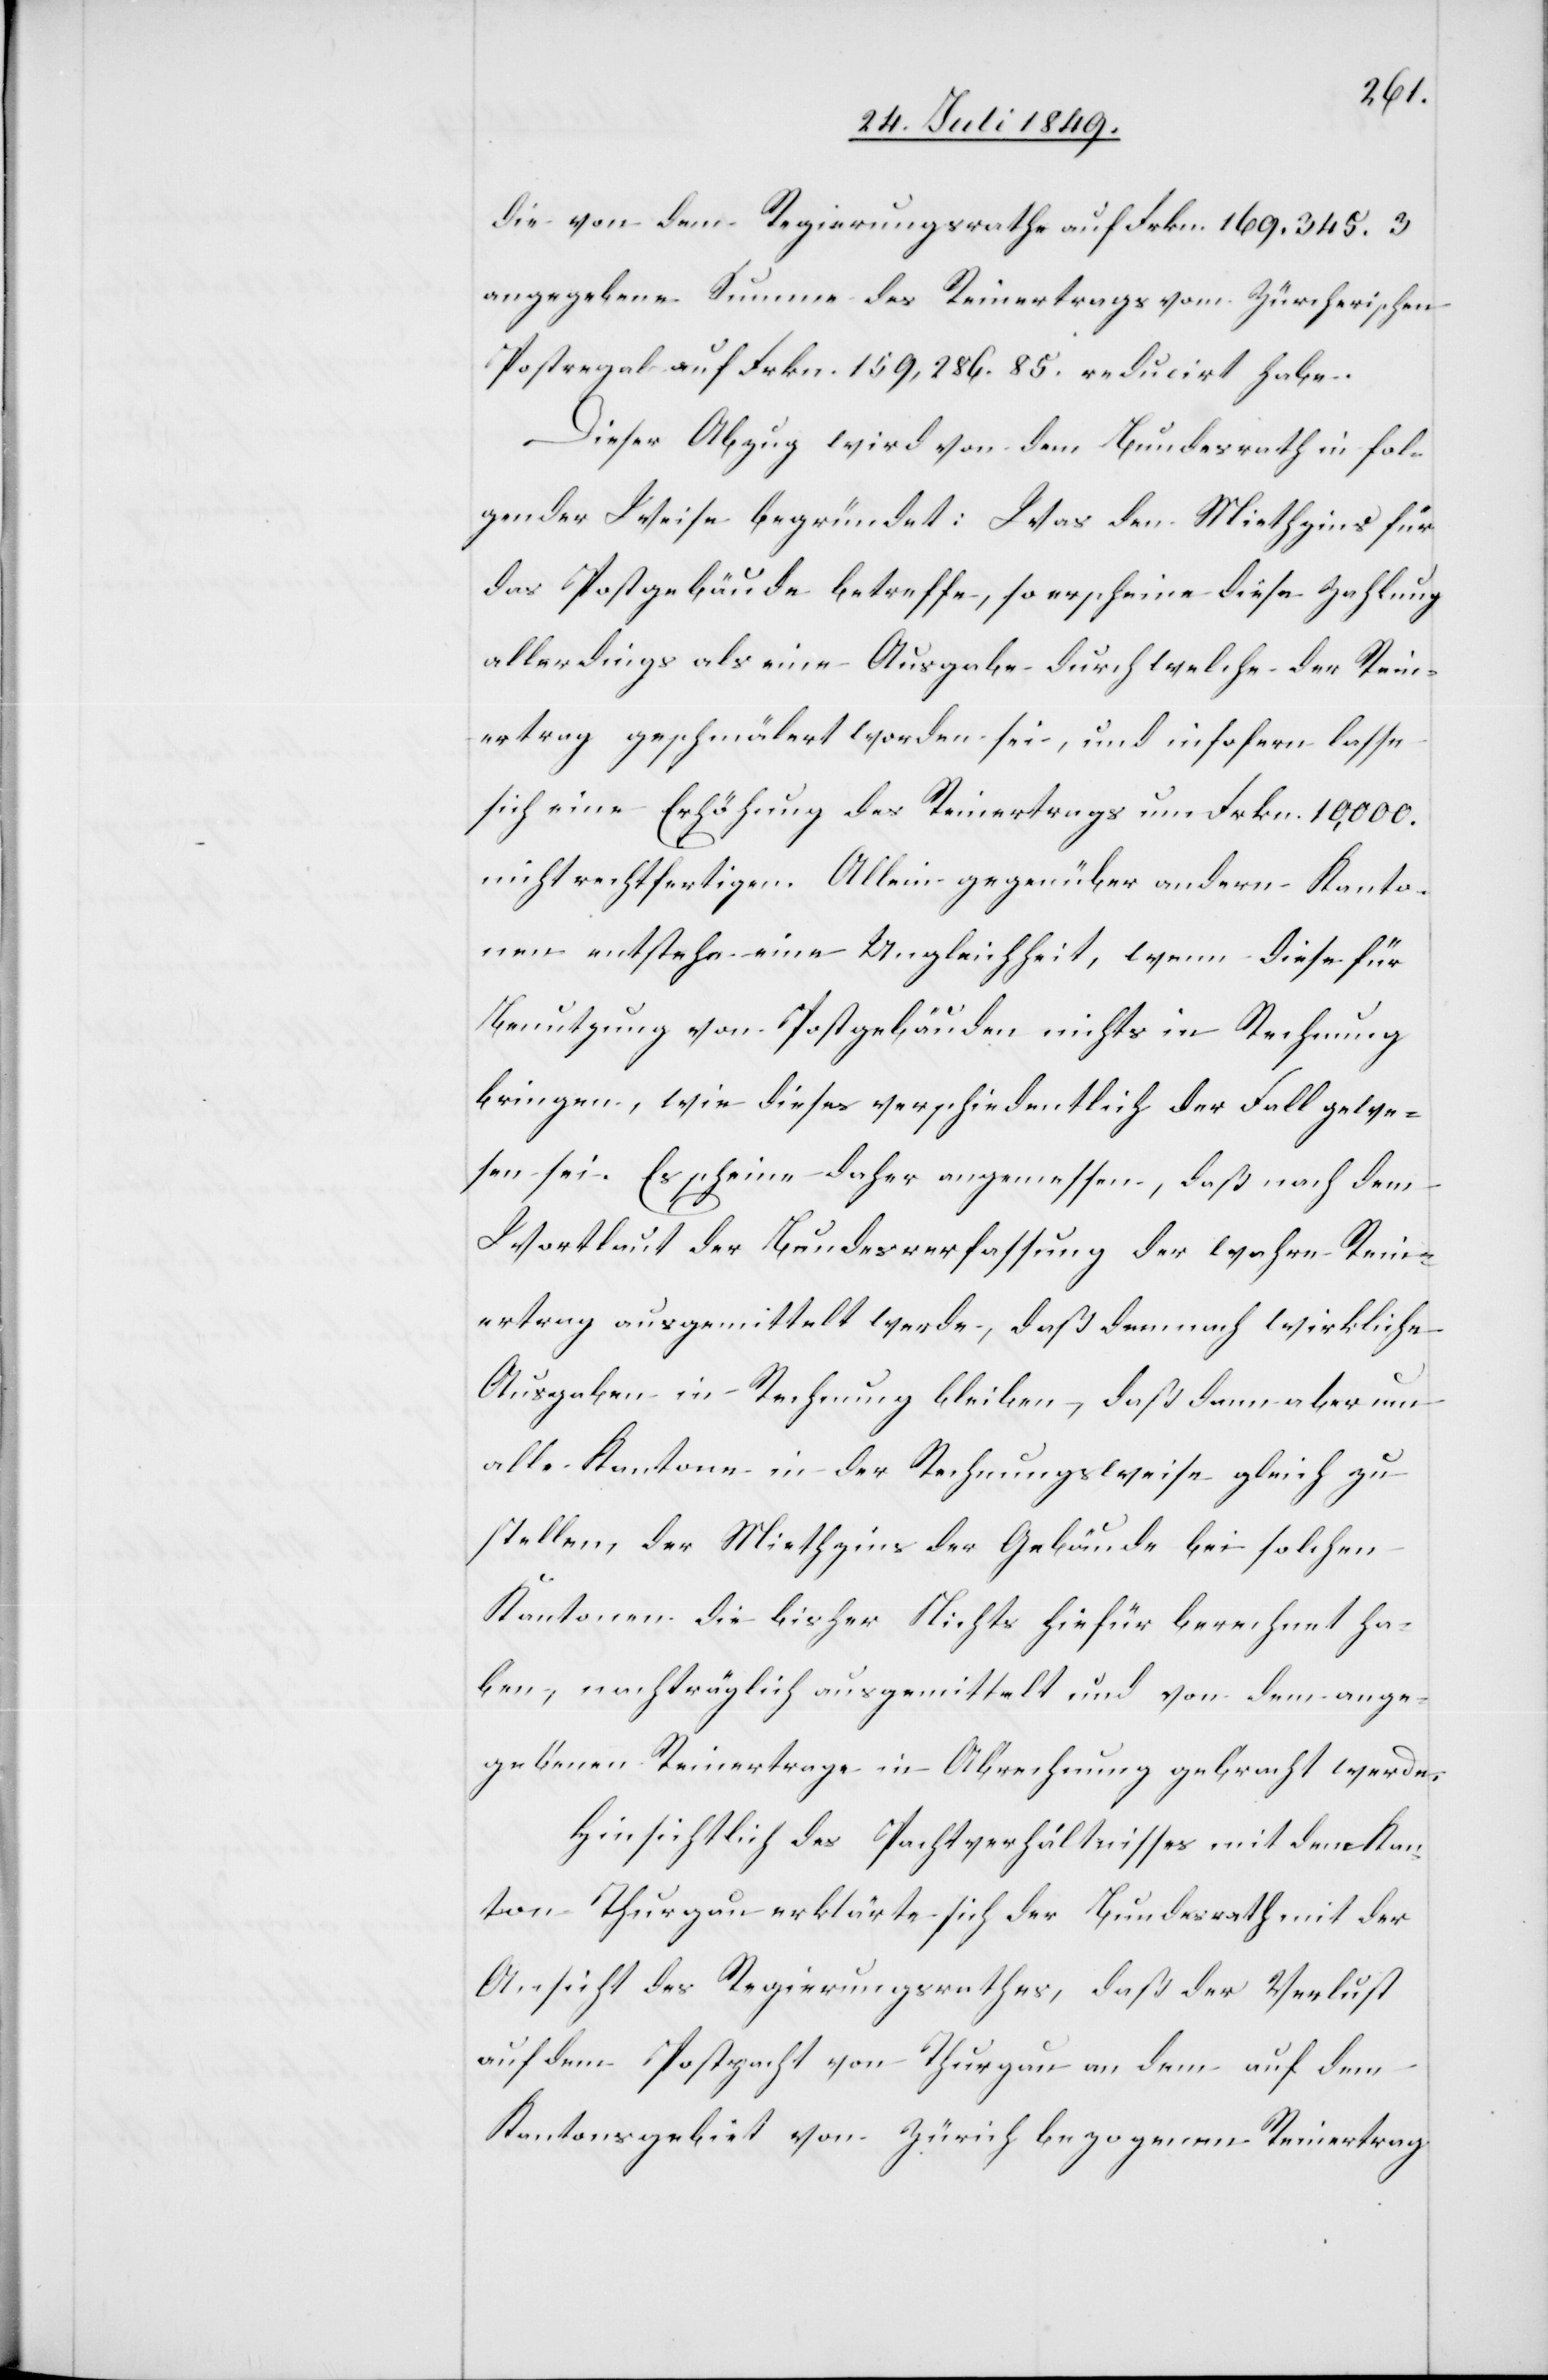
die von dem Regierungsrathe auf Frkn. 169.345. 3
angegebene Summe des Reinertrages vom Zürcherischen
Postregal auf Frkn. 159,286. 85. reducirt habe.
Dieser Abzug wird von dem Bundesrath in fol¬
gender Weise begründet: Was den Miethzins für
das Postgebäude betreffe, so erscheine diese Zahlung
allerdings als eine Ausgabe durch welche der Rein¬
ertrag geschmälert worden sei, und insofern lasse
sich eine Erhöhung des Reinertrages um Frkn. 10,000.
nicht rechtfertigen. Allein gegenüber andern Kanto¬
nen entstehe eine Ungleichheit, wenn diese für
Benutzung von Postgebäuden nichts in Rechnung
bringen, wie dieses verschiedentlich der Fall gewe¬
sen sei. Es scheine daher angemessen, daß nach dem
Wortlaut der Bundesverfassung der wahre Rein¬
ertrag ausgemittelt werde, daß demnach wirkliche
Ausgaben in Rechnung bleiben, daß dann aber um
alte Kantone in der Rechnungsweise gleich zu
stellen, der Miethzins der Gebäude bei solchen
Kantonen die bisher Nichts hiefür berechnet ha¬
ben, nachträglich ausgemittelt und von dem ange¬
gebenen Reinertrage in Abrechnung gebracht werden;
Hinsichtlich des Pachtverhältnisses mit dem Kan¬
ton Thurgau erklärte sich der Bundesrath mit der
Ansicht des Regierungsrathes, daß der Verlust
auf dem Postpacht von Thurgau an dem auf dem
Kantonsgebiet von Zürich bezogenen Reinertrag